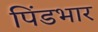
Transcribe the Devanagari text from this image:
पिंडभार